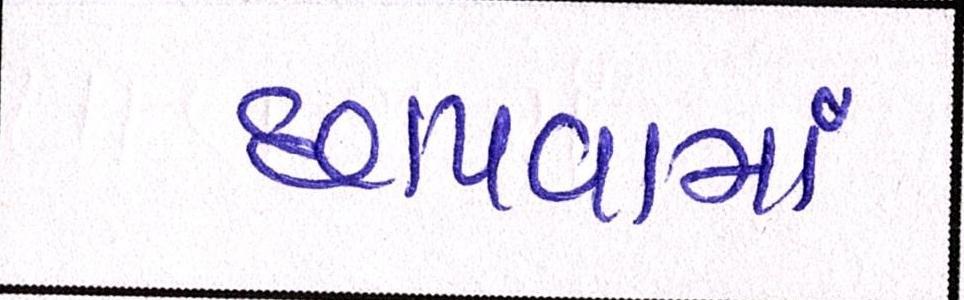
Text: છાપવામાં